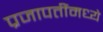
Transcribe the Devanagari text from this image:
प्रजापतींमध्ये